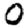
Digit: 0